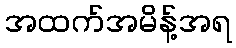
အထက်အမိန့်အရ